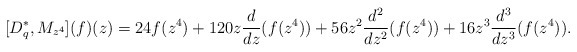
\begin{align*} [D^{*}_{q},M_{z^4}](f)(z)=24f(z^4)+120z\frac{d}{dz}(f(z^4))+56z^2\frac{d^2}{dz^2}(f(z^4))+16 z^3\frac{d^3}{dz^3}(f(z^4)).\\ \end{align*}